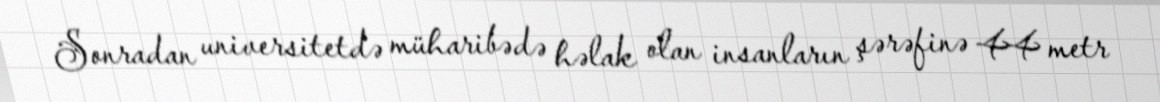
Sonradan universitetdə müharibədə həlak olan insanların şərəfinə 44 metr